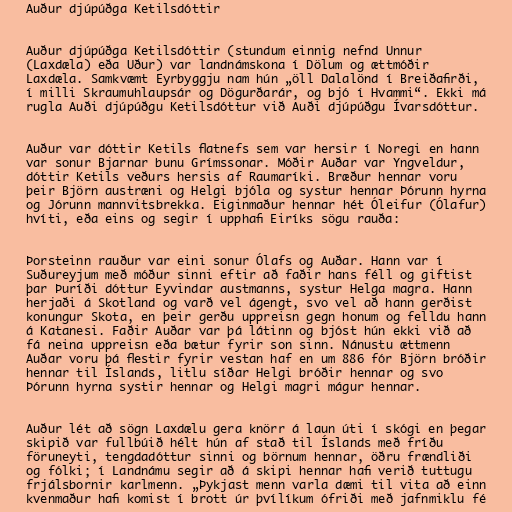
Auður djúpúðga Ketilsdóttir

Auður djúpúðga Ketilsdóttir (stundum einnig nefnd Unnur
(Laxdæla) eða Uður) var landnámskona í Dölum og ættmóðir
Laxdæla. Samkvæmt Eyrbyggju nam hún „öll Dalalönd í Breiðafirði,
í milli Skraumuhlaupsár og Dögurðarár, og bjó í Hvammi“. Ekki má
rugla Auði djúpúðgu Ketilsdóttur við Auði djúpúðgu Ívarsdóttur.

Auður var dóttir Ketils flatnefs sem var hersir í Noregi en hann
var sonur Bjarnar bunu Grímssonar. Móðir Auðar var Yngveldur,
dóttir Ketils veðurs hersis af Raumaríki. Bræður hennar voru
þeir Björn austræni og Helgi bjóla og systur hennar Þórunn hyrna
og Jórunn mannvitsbrekka. Eiginmaður hennar hét Óleifur (Ólafur)
hvíti, eða eins og segir í upphafi Eiríks sögu rauða:

Þorsteinn rauður var eini sonur Ólafs og Auðar. Hann var í
Suðureyjum með móður sinni eftir að faðir hans féll og giftist
þar Þuríði dóttur Eyvindar austmanns, systur Helga magra. Hann
herjaði á Skotland og varð vel ágengt, svo vel að hann gerðist
konungur Skota, en þeir gerðu uppreisn gegn honum og felldu hann
á Katanesi. Faðir Auðar var þá látinn og bjóst hún ekki við að
fá neina uppreisn eða bætur fyrir son sinn. Nánustu ættmenn
Auðar voru þá flestir fyrir vestan haf en um 886 fór Björn bróðir
hennar til Íslands, litlu síðar Helgi bróðir hennar og svo
Þórunn hyrna systir hennar og Helgi magri mágur hennar.

Auður lét að sögn Laxdælu gera knörr á laun úti í skógi en þegar
skipið var fullbúið hélt hún af stað til Íslands með fríðu
föruneyti, tengdadóttur sinni og börnum hennar, öðru frændliði
og fólki; í Landnámu segir að á skipi hennar hafi verið tuttugu
frjálsbornir karlmenn. „Þykjast menn varla dæmi til vita að einn
kvenmaður hafi komist í brott úr þvílíkum ófriði með jafnmiklu fé